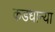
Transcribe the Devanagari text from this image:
कडधान्या